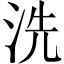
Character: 洗